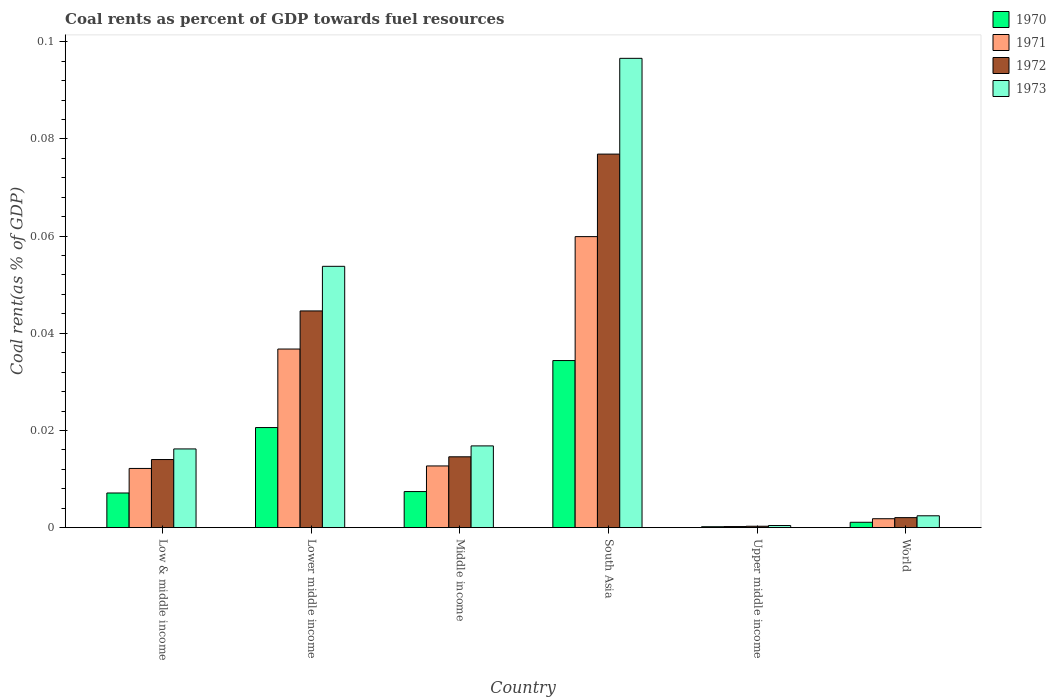
| Country | 1970 | 1971 | 1972 | 1973 |
 | --- | --- | --- | --- | --- |
 | Low & middle income | 0.00713 | 0.0122 | 0.014 | 0.0162 |
 | Lower middle income | 0.0206 | 0.0368 | 0.0446 | 0.0538 |
 | Middle income | 0.00742 | 0.0127 | 0.0146 | 0.0168 |
 | South Asia | 0.0344 | 0.0599 | 0.0769 | 0.0966 |
 | Upper middle income | 0.000184 | 0.000219 | 0.000284 | 0.000431 |
 | World | 0.0011 | 0.00183 | 0.00206 | 0.00244 |